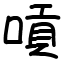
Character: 嗊